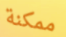
ممكنة